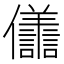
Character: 𭀒